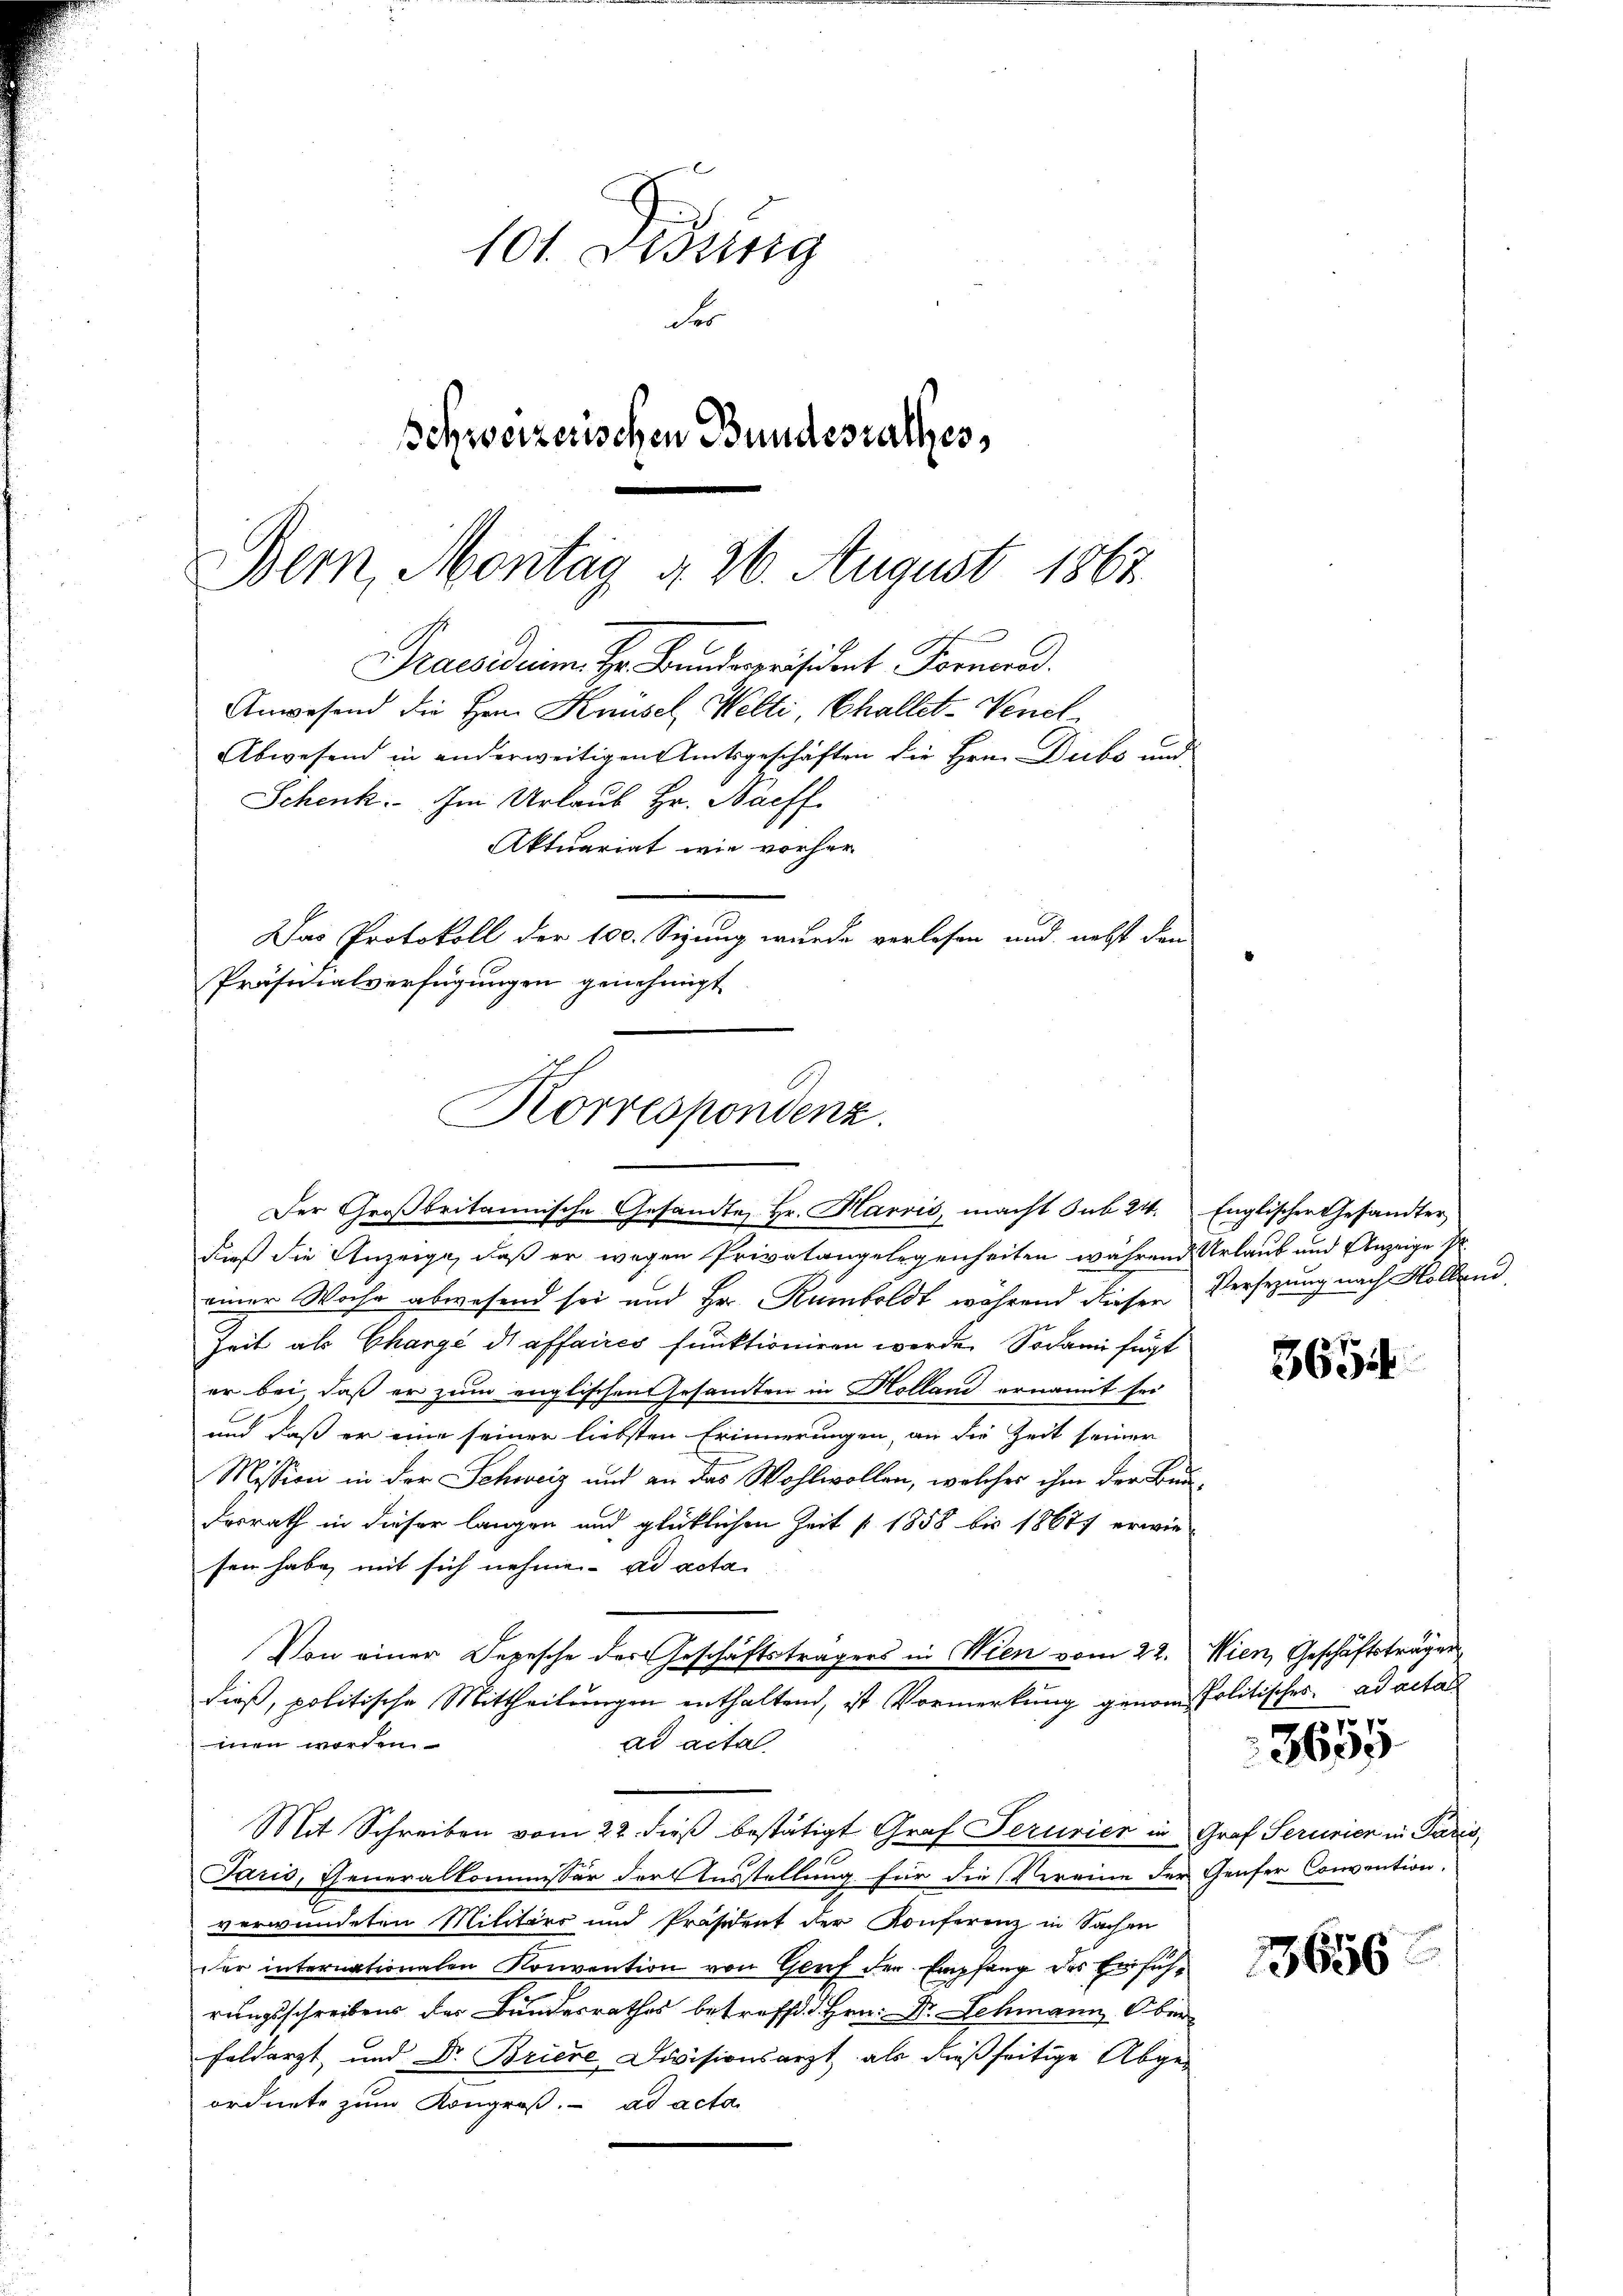
101. Dessing
des
Schweizerischen Bundesrathes,
Bern, Montag d. 26. August 1862

n
A
Praesidium Hr. Brandspräsident Fornard.
Korrespondenz.

Der Großbritannische Gesandte Hr. Harris, macht sub 214. Englischer Gesandter
dieß die Anzeige, daß er wegen Privatangelegenheiten während Urlaub und Anzeige S
einer Woche abwesend sei und Hr. Rumboldt während dieser Versezung nach Kollend
Zeit als Chargé di affaires funktioniren werde. Sodann fügt
er bei, daß er zum englischen Gesandten in Holland ernannt sei
und daß er eine seiner liebsten Erinnerungen, an die Zeit seiner
Mission in der Schweiz und an das Wohlwollen, welches ihm der Bundesrath in dieser langen und glücklichen Zeit 1858 bis 18677 erwie
sen habe, mit sich nehme ad acta
Von einer Depesche der Geschäftsträgers in Wien vom 22. Wien, Geschäftsträger
dieß, politische Mittheilungen enthaltend, ist Vormerkung genom, Politisches ad actan
men worden.
ad acta.
Mit Schreiben vom 22. dieß bestätigt Graf Perurier in Graf Serurier in Paris,
Jaris, Eheneralkommissär der Ausstellung für die (Vereine der Genfer Convention.
verwundeten Militärs und Präsident der Konferenz in Sachen
der internationalen Konvention von Graf der Empfang des Einführungsschreibens des Bundesrathes betreffd. Hrn. Dr. Schmann Ober-
feldarzt, und Dr. Briere Divisionsarzt, als dießseitige Abge-
ordnete zum Kongres. ad acta

Anwesend die Hrn. Knüsel Welti, Challet-Venel
Abwesend in anderweitigen Amtsgeschäften die Hrn. Dubs und

Schenk. Im Urlaub Hr. Bacff
Aktuariat wie vorher
Das Protokoll der 100. Sizung wurde verlesen und nebst den
Präsidialverfügungen genehmigt

3694

7

3600

3656